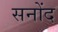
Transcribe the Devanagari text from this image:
सनोंद